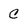
Character: C